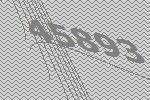
45893